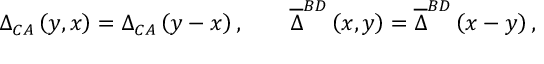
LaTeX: \Delta _ { C A } \left( y , x \right) = \Delta _ { C A } \left( y - x \right) , \qquad \overline { { { \Delta } } } ^ { B D } \left( x , y \right) = \overline { { { \Delta } } } ^ { B D } \left( x - y \right) ,